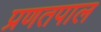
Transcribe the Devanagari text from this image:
प्रणतपाल